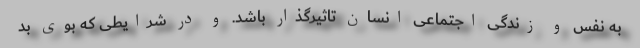
به نفس و زندگی اجتماعی انسان تاثیرگذار باشد. و در شرایطی که بوی بد